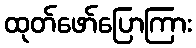
ထုတ်ဖော်ပြောကြား